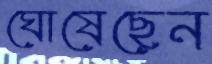
ঘোষেছেন